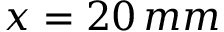
x = 2 0 \, m m